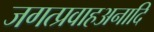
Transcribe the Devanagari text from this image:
जगत्प्रवाहअनादि